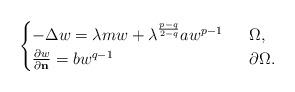
LaTeX: \begin{align*}\begin{cases}-\Delta w = \lambda m w + \lambda^{\frac{p-q}{2-q}} a w^{p-1} & \ \ \Omega, \\ \frac{\partial w}{\partial \mathbf{n}} = b w^{q-1} & \ \ \partial \Omega. \end{cases}\end{align*}